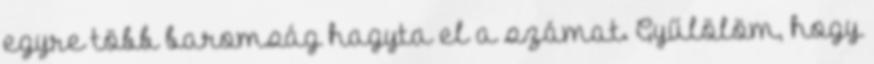
egyre több baromság hagyta el a számat. Gyűlölöm, hogy